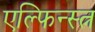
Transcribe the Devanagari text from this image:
एल्फिन्स्त्न